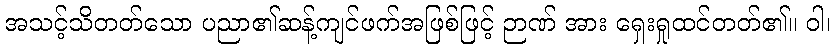
အသင့်သိတတ်သော ပညာ၏ဆန့်ကျင်ဖက်အဖြစ်ဖြင့် ဉာဏ် အား ရှေးရှုထင်တတ်၏။ ဝါ၊